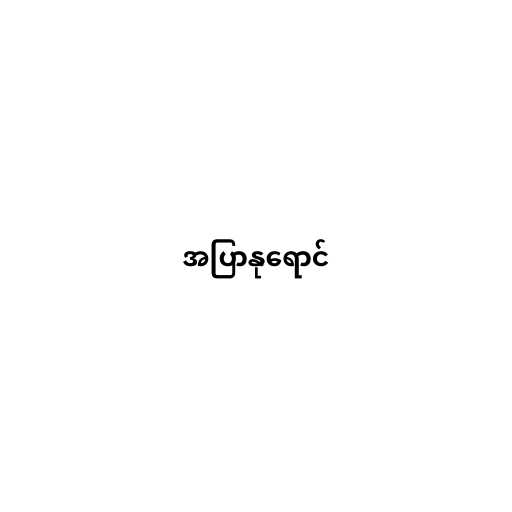
အပြာနုရောင်